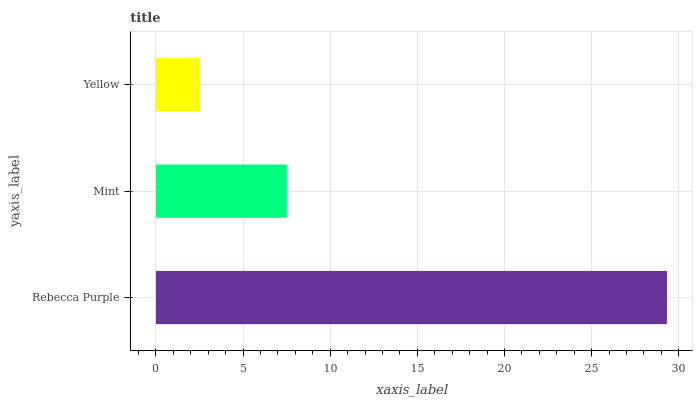
| yaxis_label | bars |
 | --- | --- |
 | Rebecca Purple | 29.3 |
 | Mint | 7.5 |
 | Yellow | 2.51 |